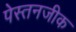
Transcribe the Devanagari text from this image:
पेस्तनजीक